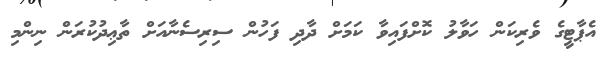
އެޕާޓީގެ ވެރިކަން ހަވާލު ކޮށްފައިވާ ކަމަށް ދާދި ފަހުން ސިރިސެނާއަށް ތާޢިދުކުރަން ނިންމި